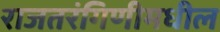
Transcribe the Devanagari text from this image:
राजतरंगिणीमधील